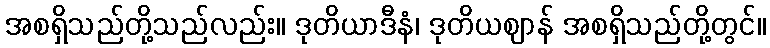
အစရှိသည်တို့သည်လည်း။ ဒုတိယာဒီနံ၊ ဒုတိယဈာန် အစရှိသည်တို့တွင်။